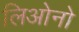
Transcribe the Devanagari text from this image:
लिओनो